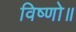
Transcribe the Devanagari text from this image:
विष्णो॥